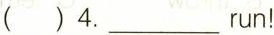
( )4.___ run!